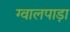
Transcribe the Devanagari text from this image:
ग्वालपाड़ा